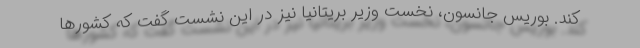
کند. بوریس جانسون، نخست وزیر بریتانیا نیز در این نشست گفت که کشورها